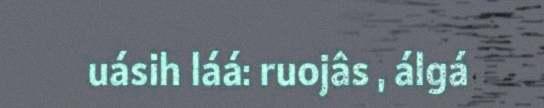
uásih láá: ruojâs , álgá